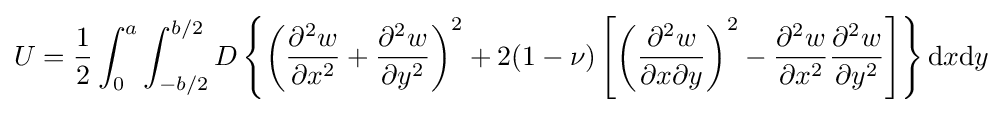
U={\frac {1}{2}}\int _{0}^{a}\int _{-b/2}^{b/2}D\left\{\left({\frac {\partial ^{2}w}{\partial x^{2}}}+{\frac {\partial ^{2}w}{\partial y^{2}}}\right)^{2}+2(1-\nu )\left[\left({\frac {\partial ^{2}w}{\partial x\partial y}}\right)^{2}-{\frac {\partial ^{2}w}{\partial x^{2}}}{\frac {\partial ^{2}w}{\partial y^{2}}}\right]\right\}{\text{d}}x{\text{d}}y